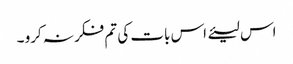
اس لیئے اس بات کی تم فکر نہ کرو ۔